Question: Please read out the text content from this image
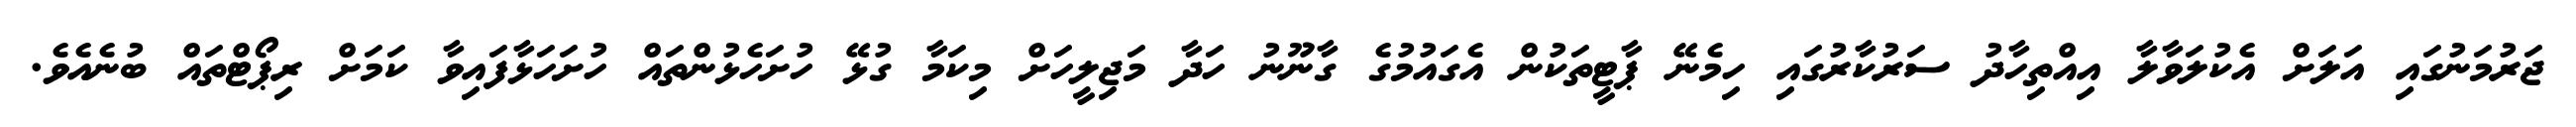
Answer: ޖަރުމަނުގައި އަލަށް އެކުލަވާލާ އިއްތިހާދު ސަރުކާރުގައި ހިމެނޭ ޕާޓީތަކުން އެގައުމުގެ ގާނޫނު ހަދާ މަޖިލީހަށް މިކަމާ ގުޅޭ ހުށަހެޅުންތައް ހުށަހަޅާފައިވާ ކަމަށް ރިޕޯޓްތައް ބުނެއެވެ.